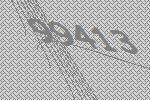
99413